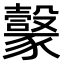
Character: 𧲇